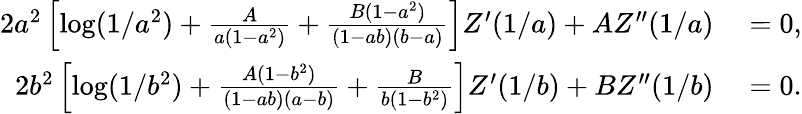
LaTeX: \begin{array}{rl}{2a^{2}\left[\log(1/a^{2})+{\frac{A}{a(1-a^{2})}}+{\frac{B(1-a^{2})}{(1-ab)(b-a)}}\right]Z^{\prime}(1/a)+AZ^{\prime\prime}(1/a)}&{{}=0,}\\ {2b^{2}\left[\log(1/b^{2})+{\frac{A(1-b^{2})}{(1-ab)(a-b)}}+{\frac{B}{b(1-b^{2})}}\right]Z^{\prime}(1/b)+BZ^{\prime\prime}(1/b)}&{{}=0.}\end{array}